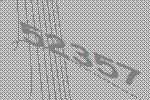
52357